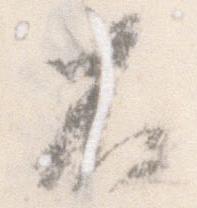
不